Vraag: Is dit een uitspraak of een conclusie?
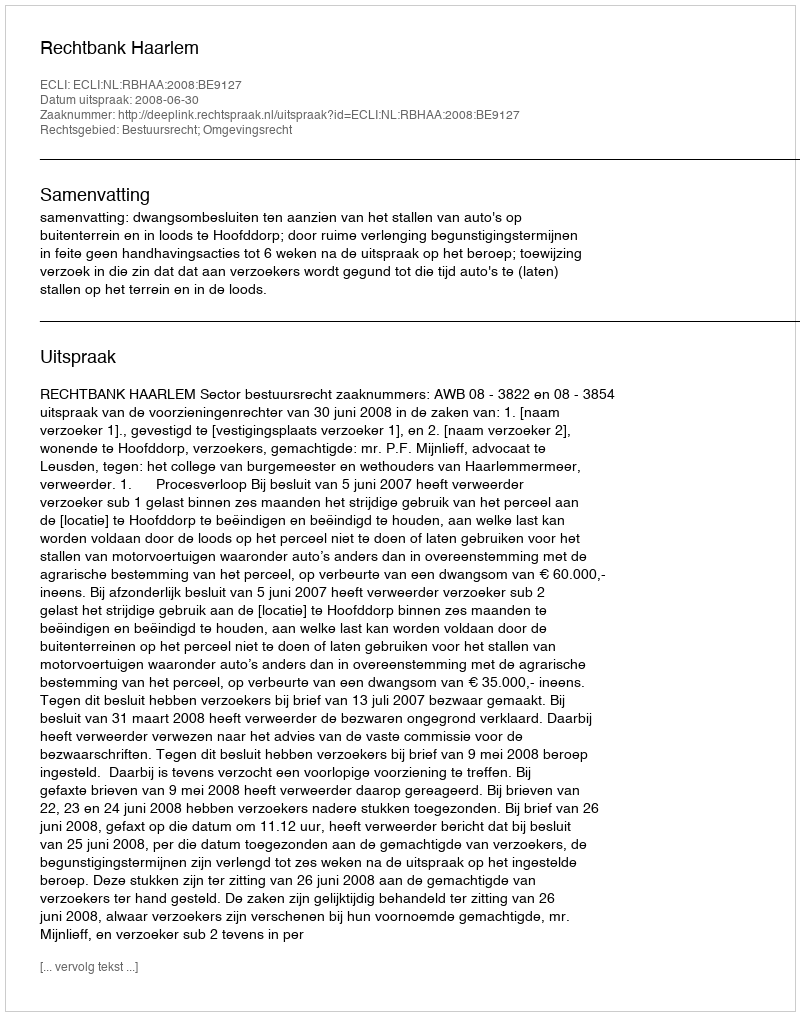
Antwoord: Uitspraak